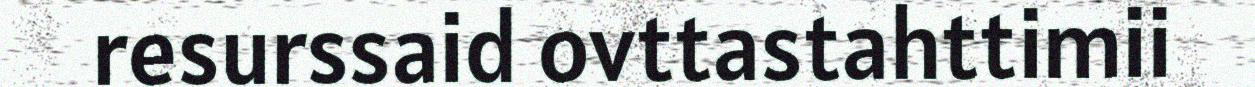
resurssaid ovttastahttimii